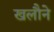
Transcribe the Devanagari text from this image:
खलौने